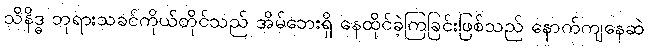
သိနိဒ္ဓ ဘုရားသခင်ကိုယ်တိုင်သည် အိမ်ဘေးရှိ နေထိုင်ခဲ့ကြခြင်းဖြစ်သည် နောက်ကျနေဆဲ